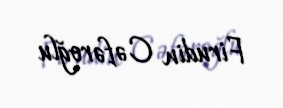
Firudin Cəfəroğlu